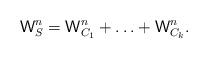
LaTeX: \begin{align*} \mathsf{W}_S^n = \mathsf{W}_{C_1}^n + \hdots + \mathsf{W}_{C_k}^n. \end{align*}